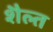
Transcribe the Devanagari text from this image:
शैल्त